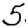
Digit: 5